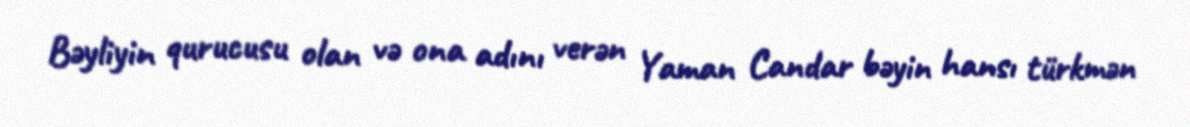
Bəyliyin qurucusu olan və ona adını verən Yaman Candar bəyin hansı türkmən